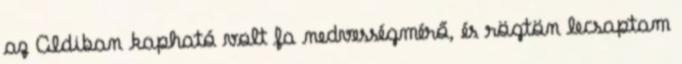
az Aldiban kapható volt fa nedvességmérő, és rögtön lecsaptam